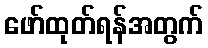
ဖော်ထုတ်ရန်အတွက်